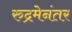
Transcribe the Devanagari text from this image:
रुद्रमेनंतर